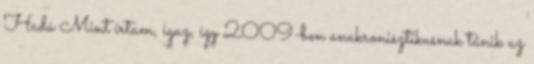
Hadú Mint írtam, igaz, így 2009-ben anakronisztikusnak tűnik az